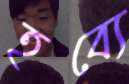
হব্যে